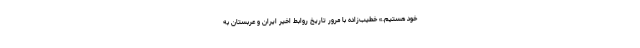
خود هستیم.» خطیب‌زاده با مرور تاریخ روابط اخیر ایران و عربستان به